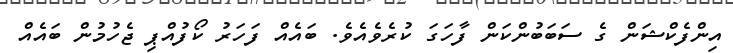
އިންފެކްޝަން ގެ ސަބަބުންކަން ފާހަގަ ކުރެވެއެވެ. ބައެއް ފަހަރު ކޯފުއްޕި ޖެހުމުން ބައެއް